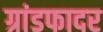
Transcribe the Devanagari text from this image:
ग्रांडफादर